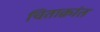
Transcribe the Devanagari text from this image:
चिताक्रांत